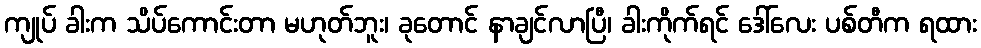
ကျုပ် ခါးက သိပ်ကောင်းတာ မဟုတ်ဘူး၊ ခုတောင် နာချင်လာပြီ၊ ခါးကိုက်ရင် ဒေါ်လေး ပစ်တီက ရထား